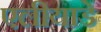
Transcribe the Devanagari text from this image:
एलीयाडे